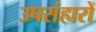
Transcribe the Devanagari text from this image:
उपसंहारों